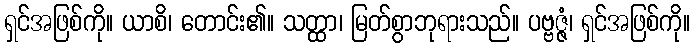
ရှင်အဖြစ်ကို။ ယာစိ၊ တောင်း၏။ သတ္ထာ၊ မြတ်စွာဘုရားသည်။ ပဗ္ဗဇ္ဇံ၊ ရှင်အဖြစ်ကို။